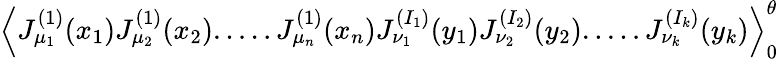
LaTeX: \Big\langle J_{\mu_{1}}^{(1)}(x_{1})J_{\mu_{2}}^{(1)}(x_{2}).....J_{\mu_{n}}^{(1)}(x_{n})J_{\nu_{1}}^{(I_{1})}(y_{1})J_{\nu_{2}}^{(I_{2})}(y_{2}).....J_{\nu_{k}}^{(I_{k})}(y_{k})\Big\rangle_{0}^{\theta}